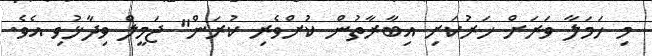
މި ހަމަލާ ވަރަށް ހަރުކަށި އިބާރާތުން ކުށްވެރި ކުރަން" ޖަމީލް ވިދާޅުވި އެވެ.